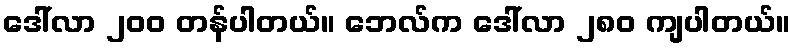
ဒေါ်လာ ၂၀၀ တန်ပါတယ်။ ဘေလ်က ဒေါ်လာ ၂၈၀ ကျပါတယ်။